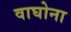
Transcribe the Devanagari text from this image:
वाघोना